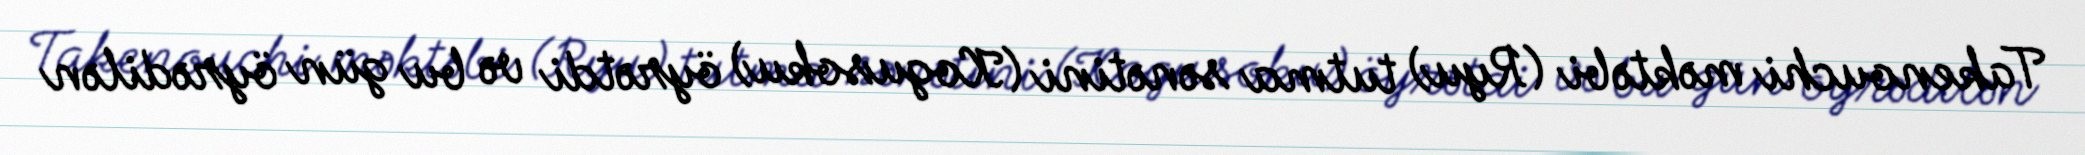
Takenouchi məktəbi (Ryu) tutma sənətini (Kogusoku) öyrətdi və bu gün öyrədilən